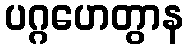
ပဂ္ဂဟေတွာန